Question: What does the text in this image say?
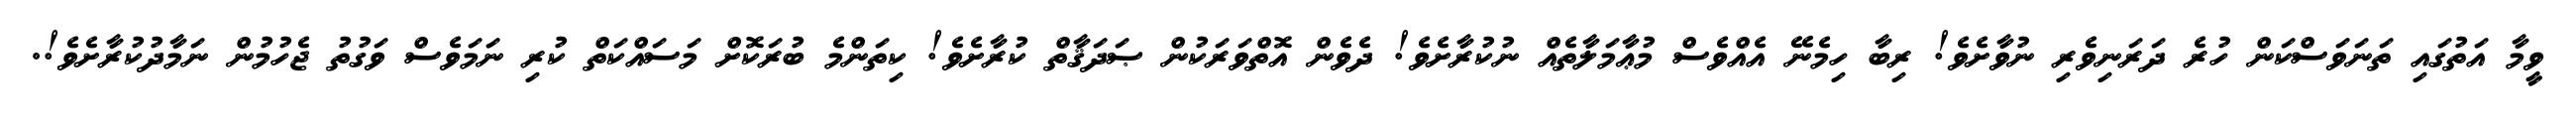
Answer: ވީމާ އަތުގައި ތަނަވަސްކަން ހުރެ ދަރަނިވެރި ނުވާށެވެ! ރިބާ ހިމެނޭ އެއްވެސް މުޢާމަލާތެއް ނުކުރާށެވެ! ދެވެން އޮތްވަރަކުން ޞަދަޤާތް ކުރާށެވެ! ކިތަންމެ ބުރަކޮށް މަސައްކަތް ކުރި ނަމަވެސް ވަގުތު ޖެހުމުން ނަމާދުކުރާށެވެ!.